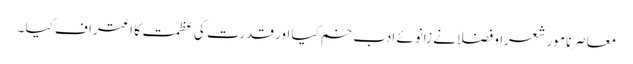
معاصرنا مور شعرا و فضلانے زانوئے ادب خم کیا اور قدرت کی عظمت کا اعتراف کیا ۔